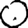
Digit: 0